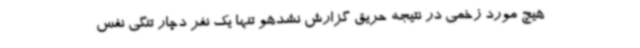
هیچ مورد زخمی در نتیجه حریق گزارش نشدهو تنها یک نفر دچار تنگی نفس